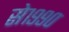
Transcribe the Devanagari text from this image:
से१९९०